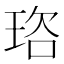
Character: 𭹒